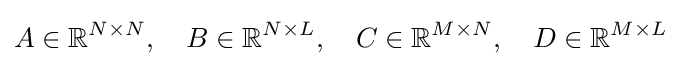
A\in \mathbb {R} ^{N\times N},\quad B\in \mathbb {R} ^{N\times L},\quad C\in \mathbb {R} ^{M\times N},\quad D\in \mathbb {R} ^{M\times L}